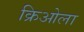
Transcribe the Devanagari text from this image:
क्रिओला